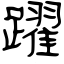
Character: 躍